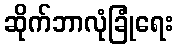
ဆိုက်ဘာလုံခြုံရေး